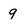
Character: 9